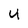
Character: u